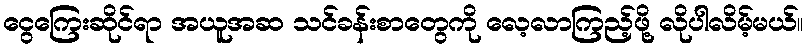
ငွေကြေးဆိုင်ရာ အယူအဆ သင်ခန်းစာတွေကို လေ့လာကြည့်ဖို့ လိုပါလိမ့်မယ်။